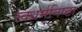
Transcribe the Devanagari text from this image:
स्वधर्मनिष्ठा